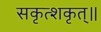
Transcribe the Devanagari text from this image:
सकृत्शकृत्॥